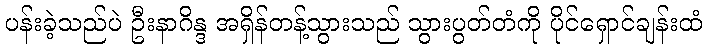
ပန်းခဲ့သည်ပဲ ဦးနာဂိန္ဒ အရှိန်တန့်သွားသည် သွားပွတ်တံကို ပိုင်ရှောင်ချန်းထံ